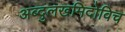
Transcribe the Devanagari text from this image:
अब्दुलखमिदोविच